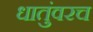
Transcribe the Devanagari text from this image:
धातुंवरच